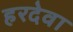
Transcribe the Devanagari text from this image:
हरदेवा